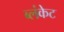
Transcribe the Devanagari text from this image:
ब्लंकेट